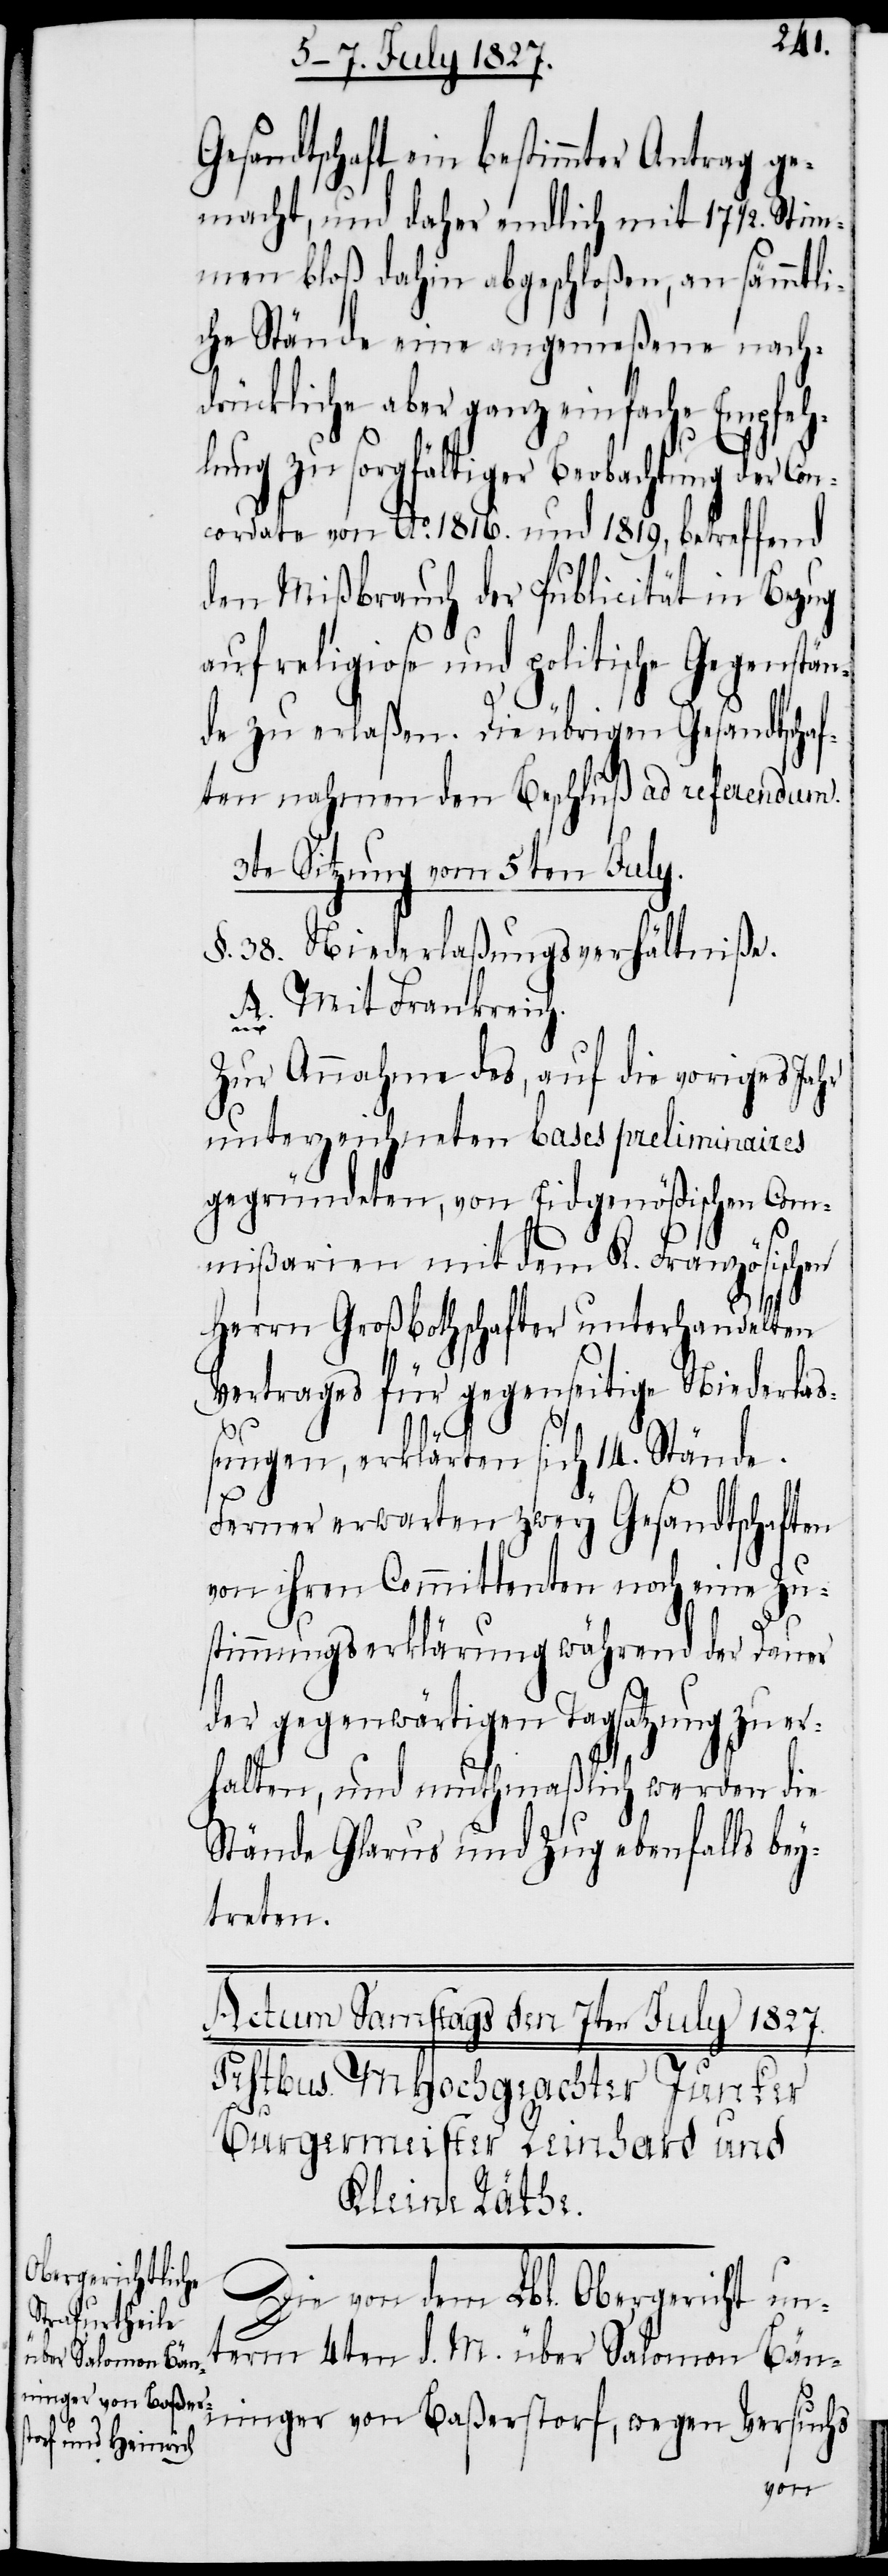
Gesandtschaft ein bestimmter Antrag ge¬
macht, und daher endlich mit 17 ½. Stim¬
men bloß dahin abgeschloßen, an sämmtli¬
che Stände eine angemeßene nach¬
drückliche aber ganz einfache Empfeh¬
lung zu sorgfältiger Beobachtung der Con¬
cordate von Ao. 1816. und 1819, betreffend
den Mißbrauch der Publicität in Bezug
auf religiose und politische Gegenstän¬
de zu erlaßen. Die übrigen Gesandtschaf¬
ten nahmen den Beschluß ad referendum.
3te Sitzung vom 5ten July.
§. 38. Niederlaßungsverhältniße.
A. Mit Frankreich.
Zur Annahme des, auf die voriges Jahr
unterzeichneten bases preliminaires
gegründeten, von Eidgenößischen Com¬
mißarien mit dem K. Französischen
Herrn Großbothschafter unterhandelten
Vertrages für gegenseitige Niederlaß¬
ungen, erklärten sich 14. Stände.
Ferner erwarten zwey Gesandtschaften
von ihren Committenten noch eine Zu¬
stimmungserklärung während der Dauer
der gegenwärtigen Tagsatzung zu er¬
halten, und muthmaßlich werden die
Stände Glarus und Zug ebenfalls bey¬
treten.
Die von dem Lbl. Obergericht un¬
term 4ten d. M. über Salomon Bän¬
ninger von Baßerstorf, wegen Versuchs